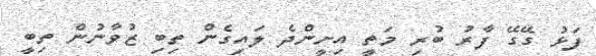
ފަޅު ގޭގޭ ފާރު ބުރި މަތީ އިށީންދެ ލައިގެން ތިބި ޒުވާނުން ތިބީ